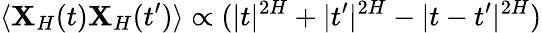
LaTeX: \langle\mathbf{X}_{H}(t)\mathbf{X}_{H}(t^{\prime})\rangle\propto(|t|^{2H}+|t^{\prime}|^{2H}-|t-t^{\prime}|^{2H})